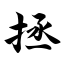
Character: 拯